Indian journal of veterinary science and animal husbandry - Volume 12,
Year: 1942
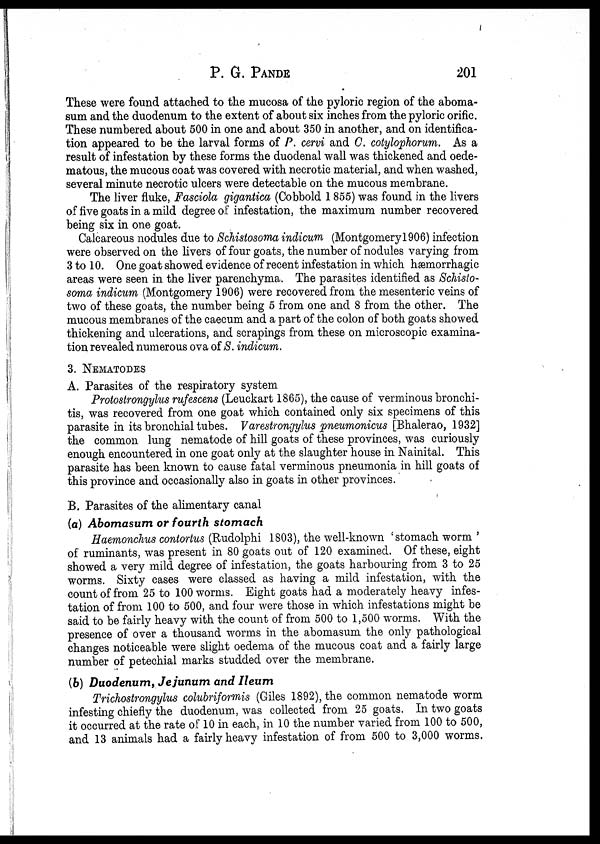
P. G. PANDE 201
These were found attached to the mucosa of the pyloric region of the aboma-
sum and the duodenum to the extent of about six inches from the pyloric orific.
These numbered about 500 in one and about 350 in another, and on identifica-
tion appeared to be the larval forms of P. cervi and C. cotylophorum. As a
result of infestation by these forms the duodenal wall was thickened and oede-
matous, the mucous coat was covered with necrotic material, and when washed,
several minute necrotic ulcers were detectable on the mucous membrane.
The liver fluke, Fasciola gigantica (Cobbold 1855) was found in the livers
of five goats in a mild degree of infestation, the maximum number recovered
being six in one goat.
Calcareous nodules due to Schistosoma indicum (Montgomery 1906) infection
were observed on the livers of four goats, the number of nodules varying from
3 to 10. One goat showed evidence of recent infestation in which hæmorrhagic
areas were seen in the liver parenchyma. The parasites identified as Schisto-
soma indicum (Montgomery 1906) were recovered from the mesenteric veins of
two of these goats, the number being 5 from one and 8 from the other. The
mucous membranes of the caecum and a part of the colon of both goats showed
thickening and ulcerations, and scrapings from these on microscopic examina-
tion revealed numerous ova of S. indicum.
3. NEMATODES
A. Parasites of the respiratory system
Protostrongylus rufescens (Leuckart 1865), the cause of verminous bronchi-
tis, was recovered from one goat which contained only six specimens of this
parasite in its bronchial tubes. Varestrongylus pneumonicus [Bhalerao, 1932]
the common lung nematode of hill goats of these provinces, was curiously
enough encountered in one goat only at the slaughter house in Nainital. This
parasite has been known to cause fatal verminous pneumonia in hill goats of
this province and occasionally also in goats in other provinces.
B. Parasites of the alimentary canal
(a) Abomasum or fourth
stomach
Haemonchus contortus (Rudolphi 1803), the well-known 'stomach worm '
of ruminants, was present in 80 goats out of 120 examined. Of these, eight
showed a very mild degree of infestation, the goats harbouring from 3 to 25
worms. Sixty cases were classed as having a mild infestation, with the
count of from 25 to 100 worms. Eight goats had a moderately heavy infes-
tation of from 100 to 500, and four were those in which infestations might be
said to be fairly heavy with the count of from 500 to 1,500 worms. With the
presence of over a thousand worms in the abomasum the only pathological
changes noticeable were slight oedema of the mucous coat and a fairly large
number of petechial marks studded over the membrane.
(b) Duodenum, Jejunum and Ileum
Trichostrongylus colubriformis (Giles 1892), the common nematode worm
infesting chiefly the duodenum, was collected from 25 goats. In two goats
it occurred at the rate of 10 in each, in 10 the number varied from 100 to 500,
and 13 animals had a fairly heavy infestation of from 500 to 3,000 worms.